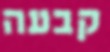
קבעה